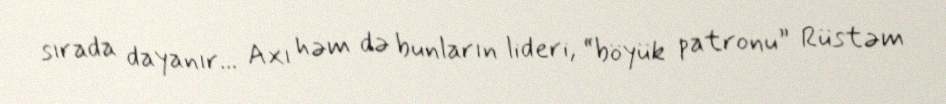
sırada dayanır... Axı həm də bunların lideri, “böyük patronu” Rüstəm